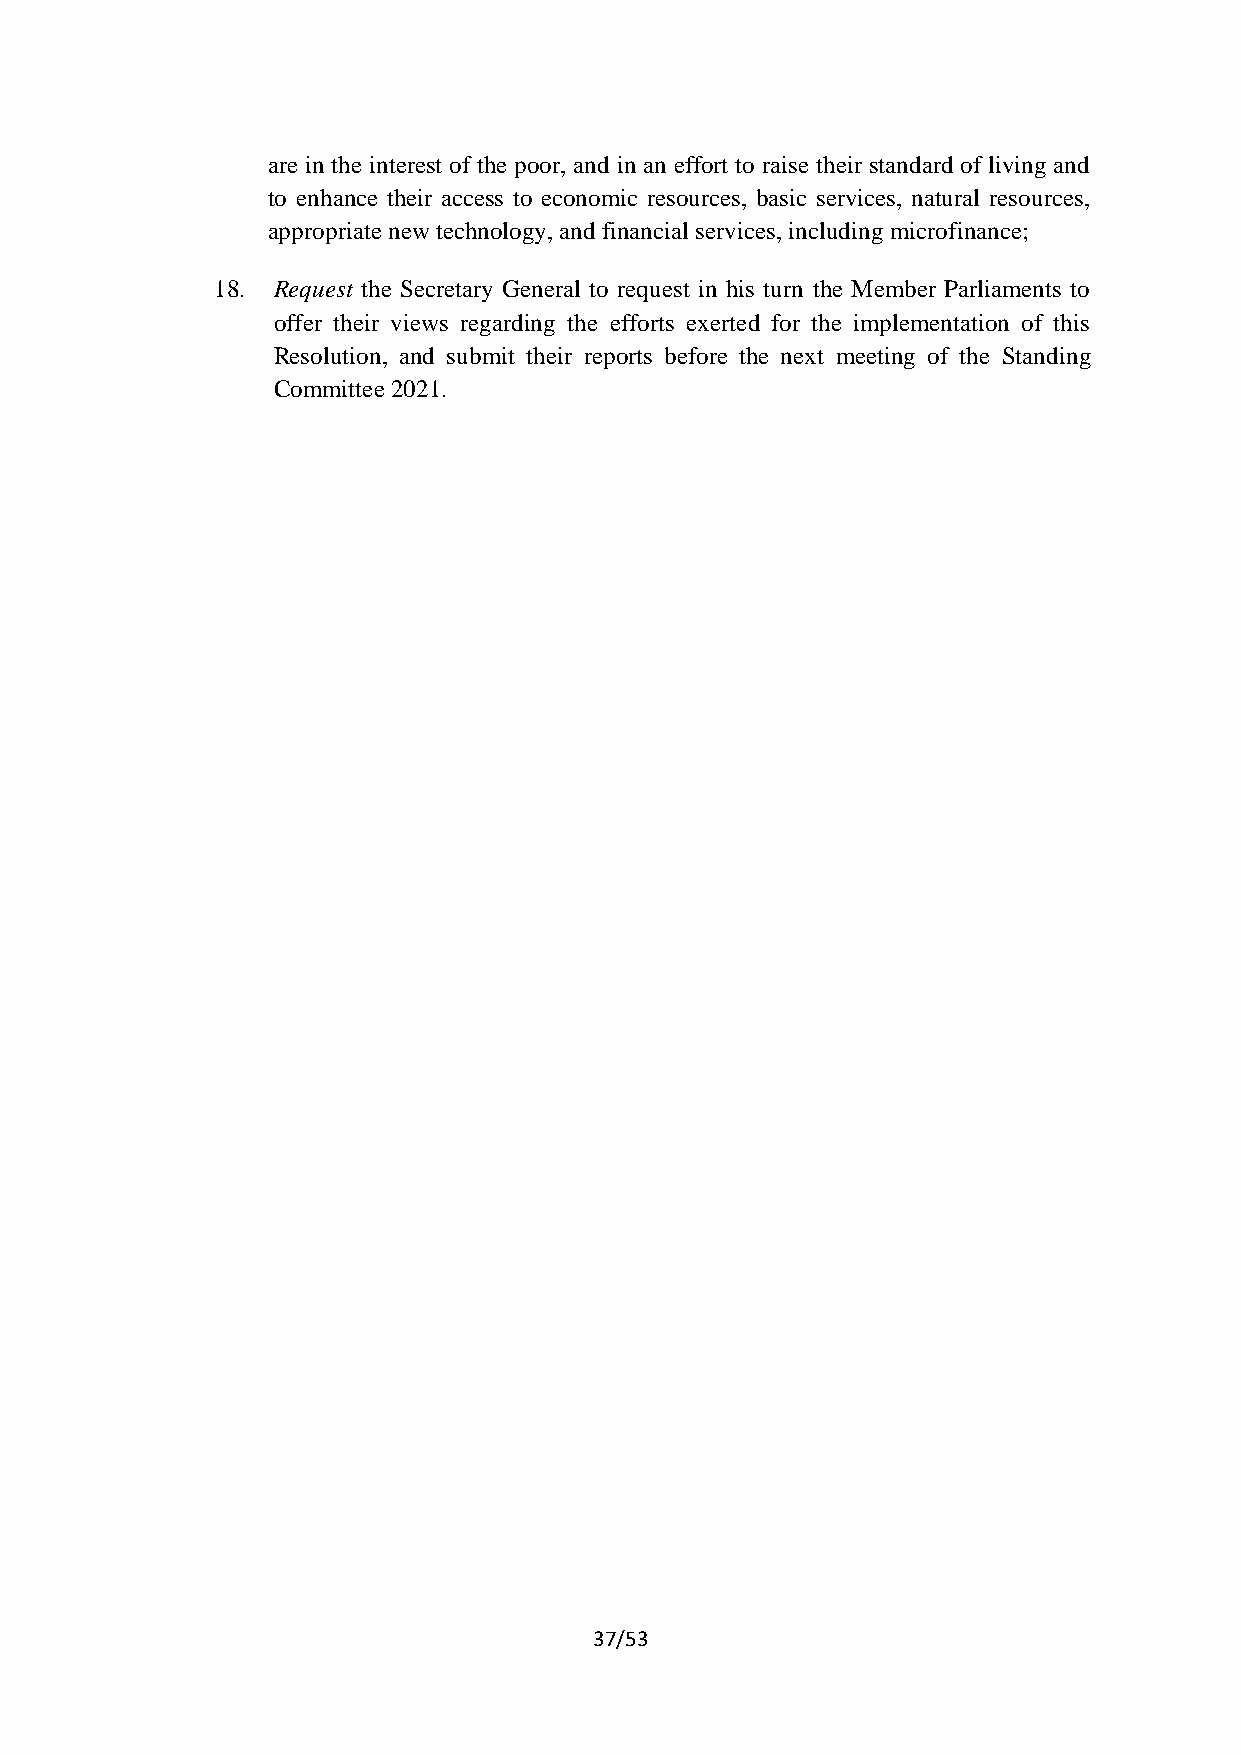
are in the interest of the poor, and in an effort to raise their standard of living and
 to enhance their access to economic resources, basic services, natural resources,
 appropriate new technology, and financial services, including microfinance;
 18. Request the Secretary General to request in his turn the Member Parliaments to
 offer their views regarding the efforts exerted for the implementation of this
 Resolution, and submit their reports before the next meeting of the Standing
 Committee 2021.
 37/53